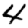
Digit: 4